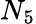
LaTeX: N_{5}